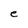
Character: e